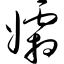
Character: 孀